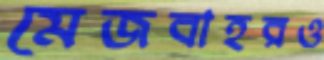
মেজবাহরও